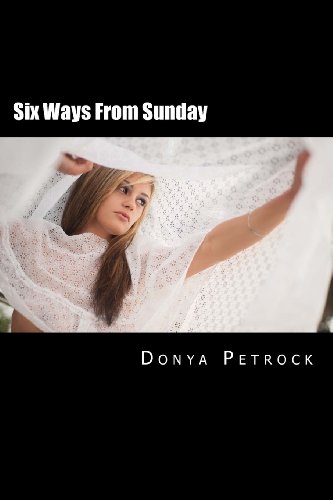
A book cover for Six Ways From Sunday; Donya Petrock; Romance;